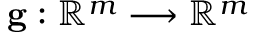
\mathbf { g } : \mathbb { R } ^ { m } \longrightarrow \mathbb { R } ^ { m }